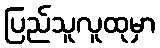
ပြည်သူလူထုမှာ